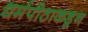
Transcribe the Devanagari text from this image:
धर्मपीठाकडून